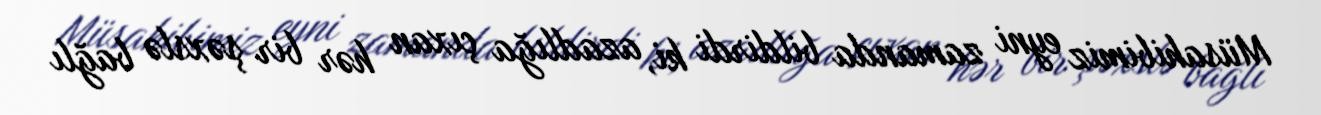
Müsahibimiz eyni zamanda bildirdi ki, azadlığa çıxan hər bir şəxslə bağlı